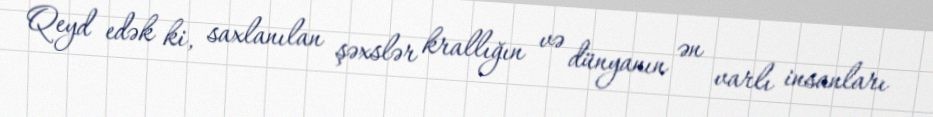
Qeyd edək ki, saxlanılan şəxslər krallığın və dünyanın ən varlı insanları